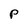
Character: P